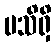
မသိရှိ